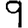
Digit: 9